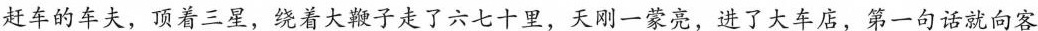
赶车的车夫，顶着三星，绕着大鞭子走了六七十里，天刚一蒙亮，进了大店，第一句话就向客